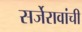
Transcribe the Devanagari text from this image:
सर्जेरावांची